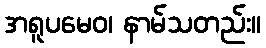
အရူပမေဝ၊ နာမ်သတည်း။